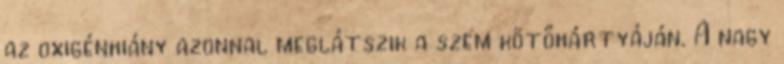
az oxigénhiány azonnal meglátszik a szem kötőhártyáján. A nagy